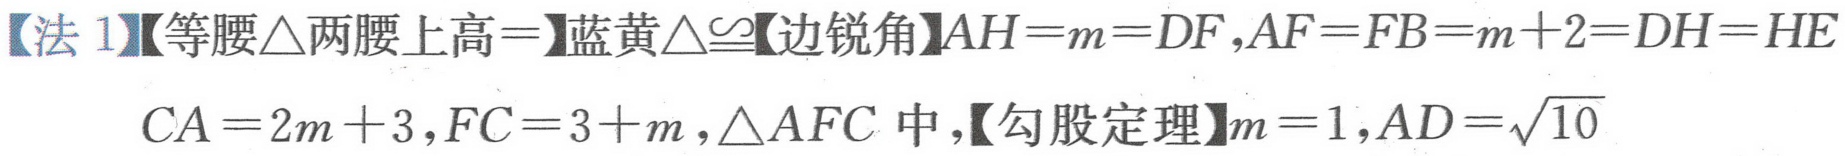
【法 1】【等腰$\triangle$两腰上高$=$】蓝黄$\triangle\cong$【边锐角】$AH = m = DF,AF = FB = m + 2 = DH = HE$
$CA = 2m + 3,FC = 3 + m,\triangle AFC$中,【勾股定理】$m = 1,AD=\sqrt{10}$